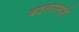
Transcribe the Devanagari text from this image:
बदलरामजी